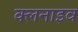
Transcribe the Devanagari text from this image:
क्लनाइव